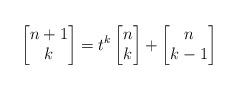
LaTeX: \begin{align*}\left[\begin{matrix}n+1\\ k\end{matrix}\right]=t^k\left[\begin{matrix}n\\ k\end{matrix}\right]+\left[\begin{matrix}n\\ k-1\end{matrix}\right]\end{align*}